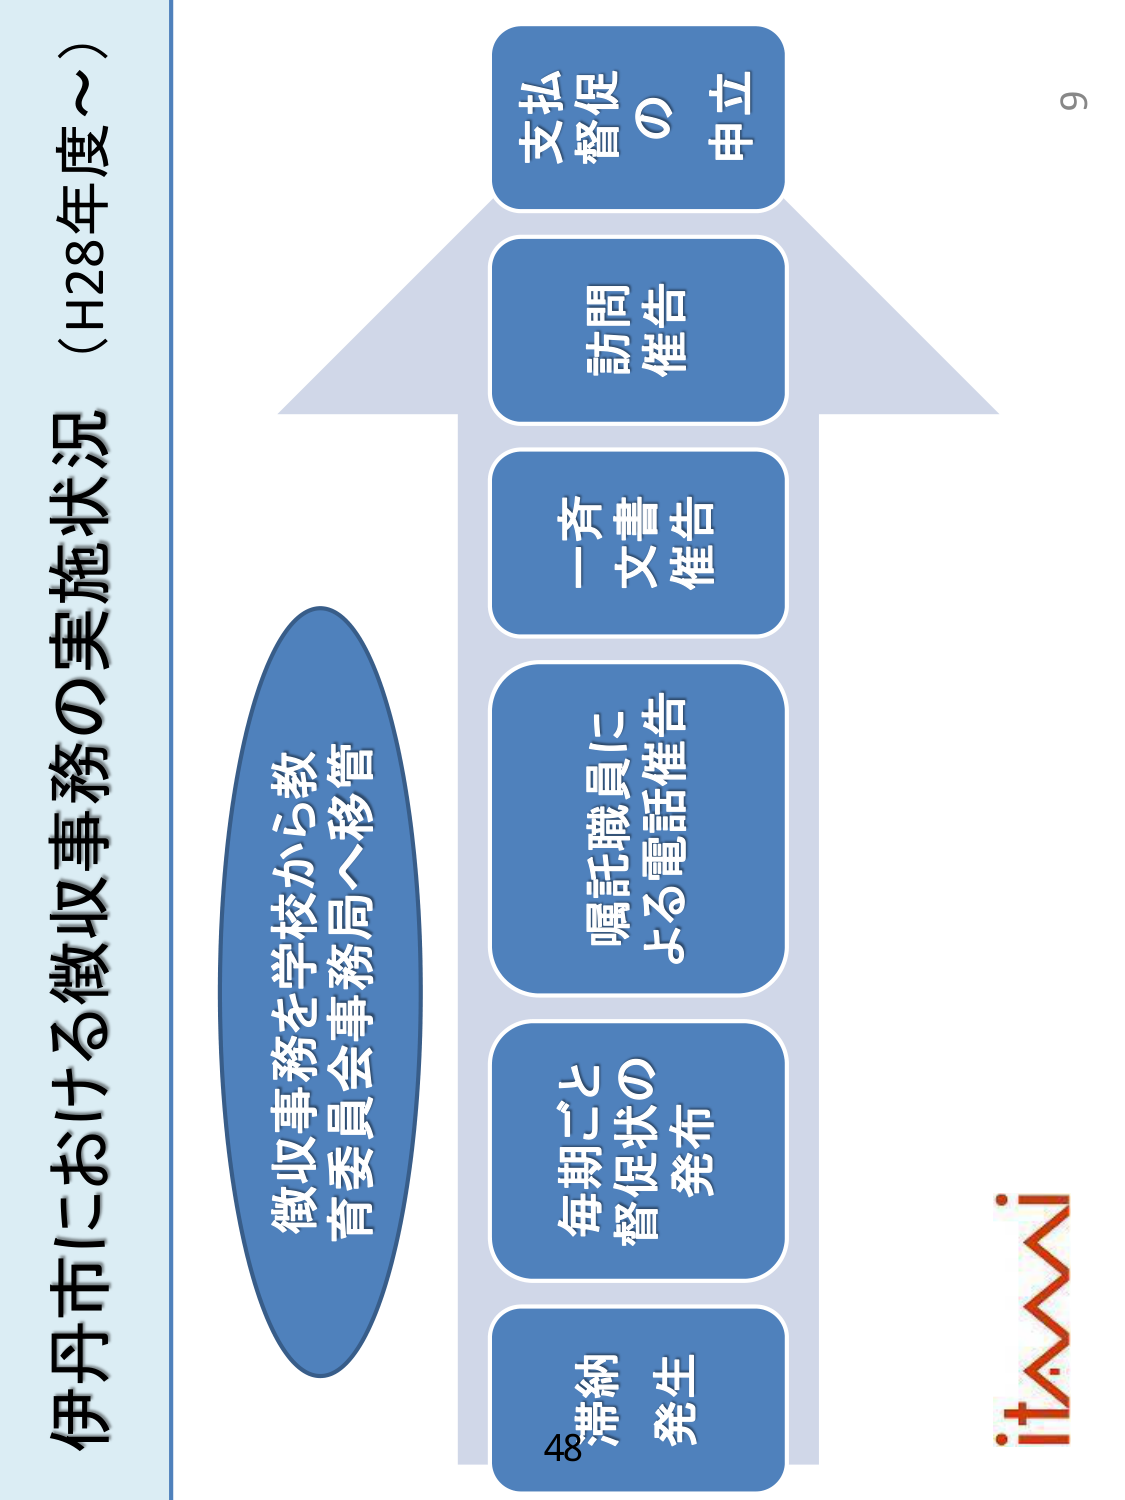
伊丹市における徴収事務の実施状況（H28年度～）

徴収事務を学校から教育委員会事務局へ移管

滞納発生
毎期ごと
督促状の
発布
嘱託職員に
よる電話催告
一斉文書催告
訪問催告
支払督促の
申立

48
9
itami